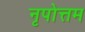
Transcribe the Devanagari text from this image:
नृपोत्तम